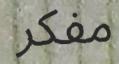
مفكر